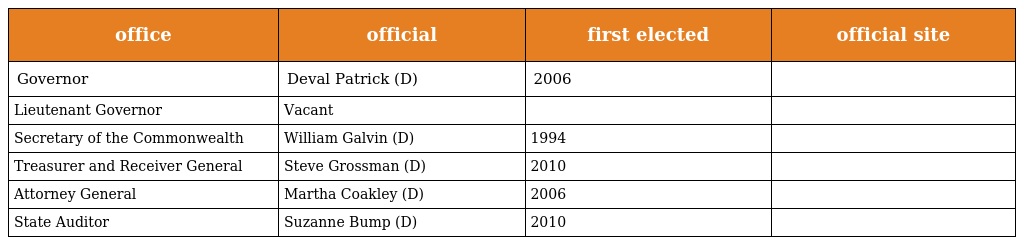
| office | official | first elected | official site |
 | --- | --- | --- | --- |
 | Governor | Deval Patrick (D) | 2006 |  |
 | Lieutenant Governor | Vacant |  |  |
 | Secretary of the Commonwealth | William Galvin (D) | 1994 |  |
 | Treasurer and Receiver General | Steve Grossman (D) | 2010 |  |
 | Attorney General | Martha Coakley (D) | 2006 |  |
 | State Auditor | Suzanne Bump (D) | 2010 |  |